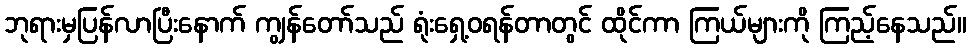
ဘုရားမှပြန်လာပြီးနောက် ကျွန်တော်သည် ရုံးရှေ့ဝရန်တာတွင် ထိုင်ကာ ကြယ်များကို ကြည့်နေသည်။